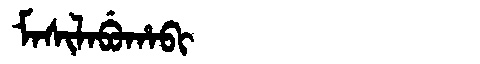
Manchu: ᠮᠠᠰᡳᠯᠠᠪᡠᡥᠠᠪᡳ
Romanization: MASILABUHABI